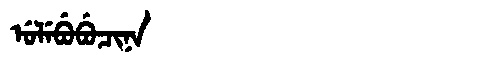
Manchu: ᡠᠯᡝᠪᡠᠪᡠᠴᡳᠨᠠ
Romanization: ULEBUBUCINA